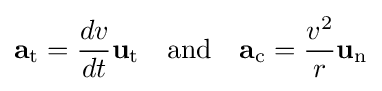
\mathbf {a} _{\mathrm {t} }={\frac {dv}{dt}}\mathbf {u} _{\mathrm {t} }\quad {\text{and}}\quad \mathbf {a} _{\mathrm {c} }={\frac {v^{2}}{r}}\mathbf {u} _{\mathrm {n} }